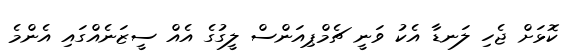
ކޮޅަށް ޖެހި ލަނޑާ އެކު ވަނީ ޗެމްޕިއަންސް ލީގުގެ އެއް ސީޒަނެއްގައި އެންމެ